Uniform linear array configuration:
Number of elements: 32
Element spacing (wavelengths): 0.75
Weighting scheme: binomial
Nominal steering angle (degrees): -15
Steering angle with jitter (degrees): -16.613
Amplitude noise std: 0.05
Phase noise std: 0.05

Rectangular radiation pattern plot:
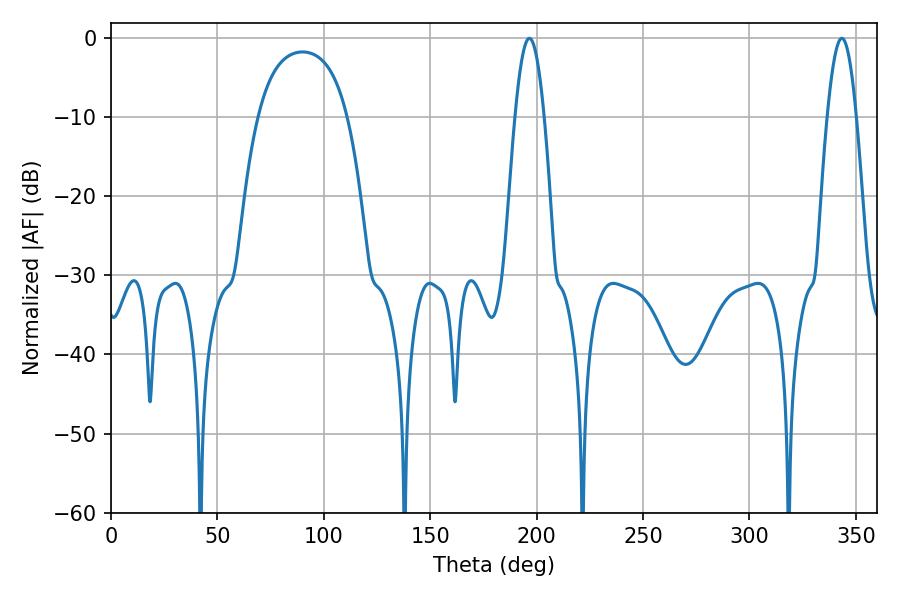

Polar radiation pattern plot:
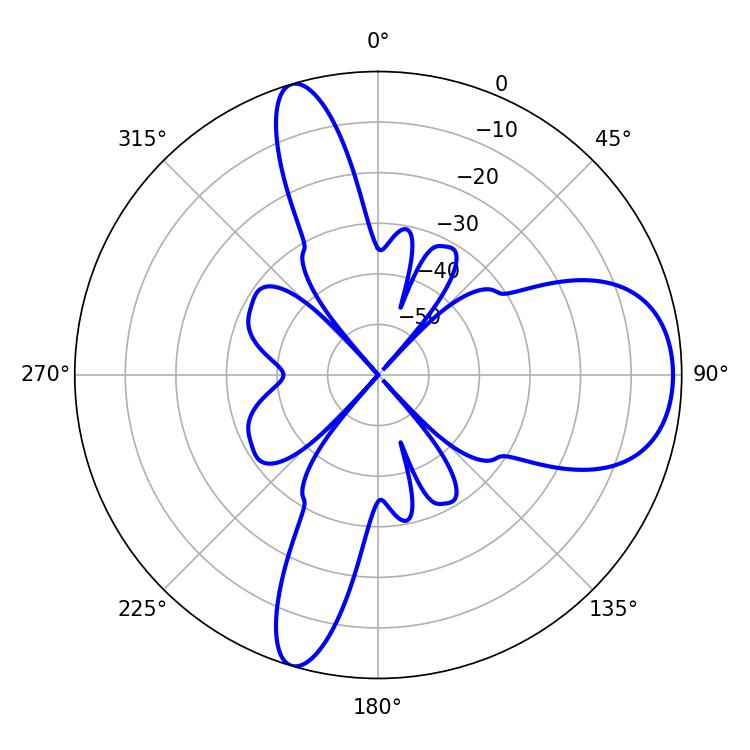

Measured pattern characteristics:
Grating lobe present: TRUE
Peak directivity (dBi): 9.013
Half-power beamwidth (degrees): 7.38
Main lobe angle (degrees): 196.56